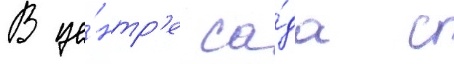
В це́нтр'е са́да с